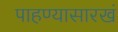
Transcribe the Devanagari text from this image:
पाहण्यासारखं